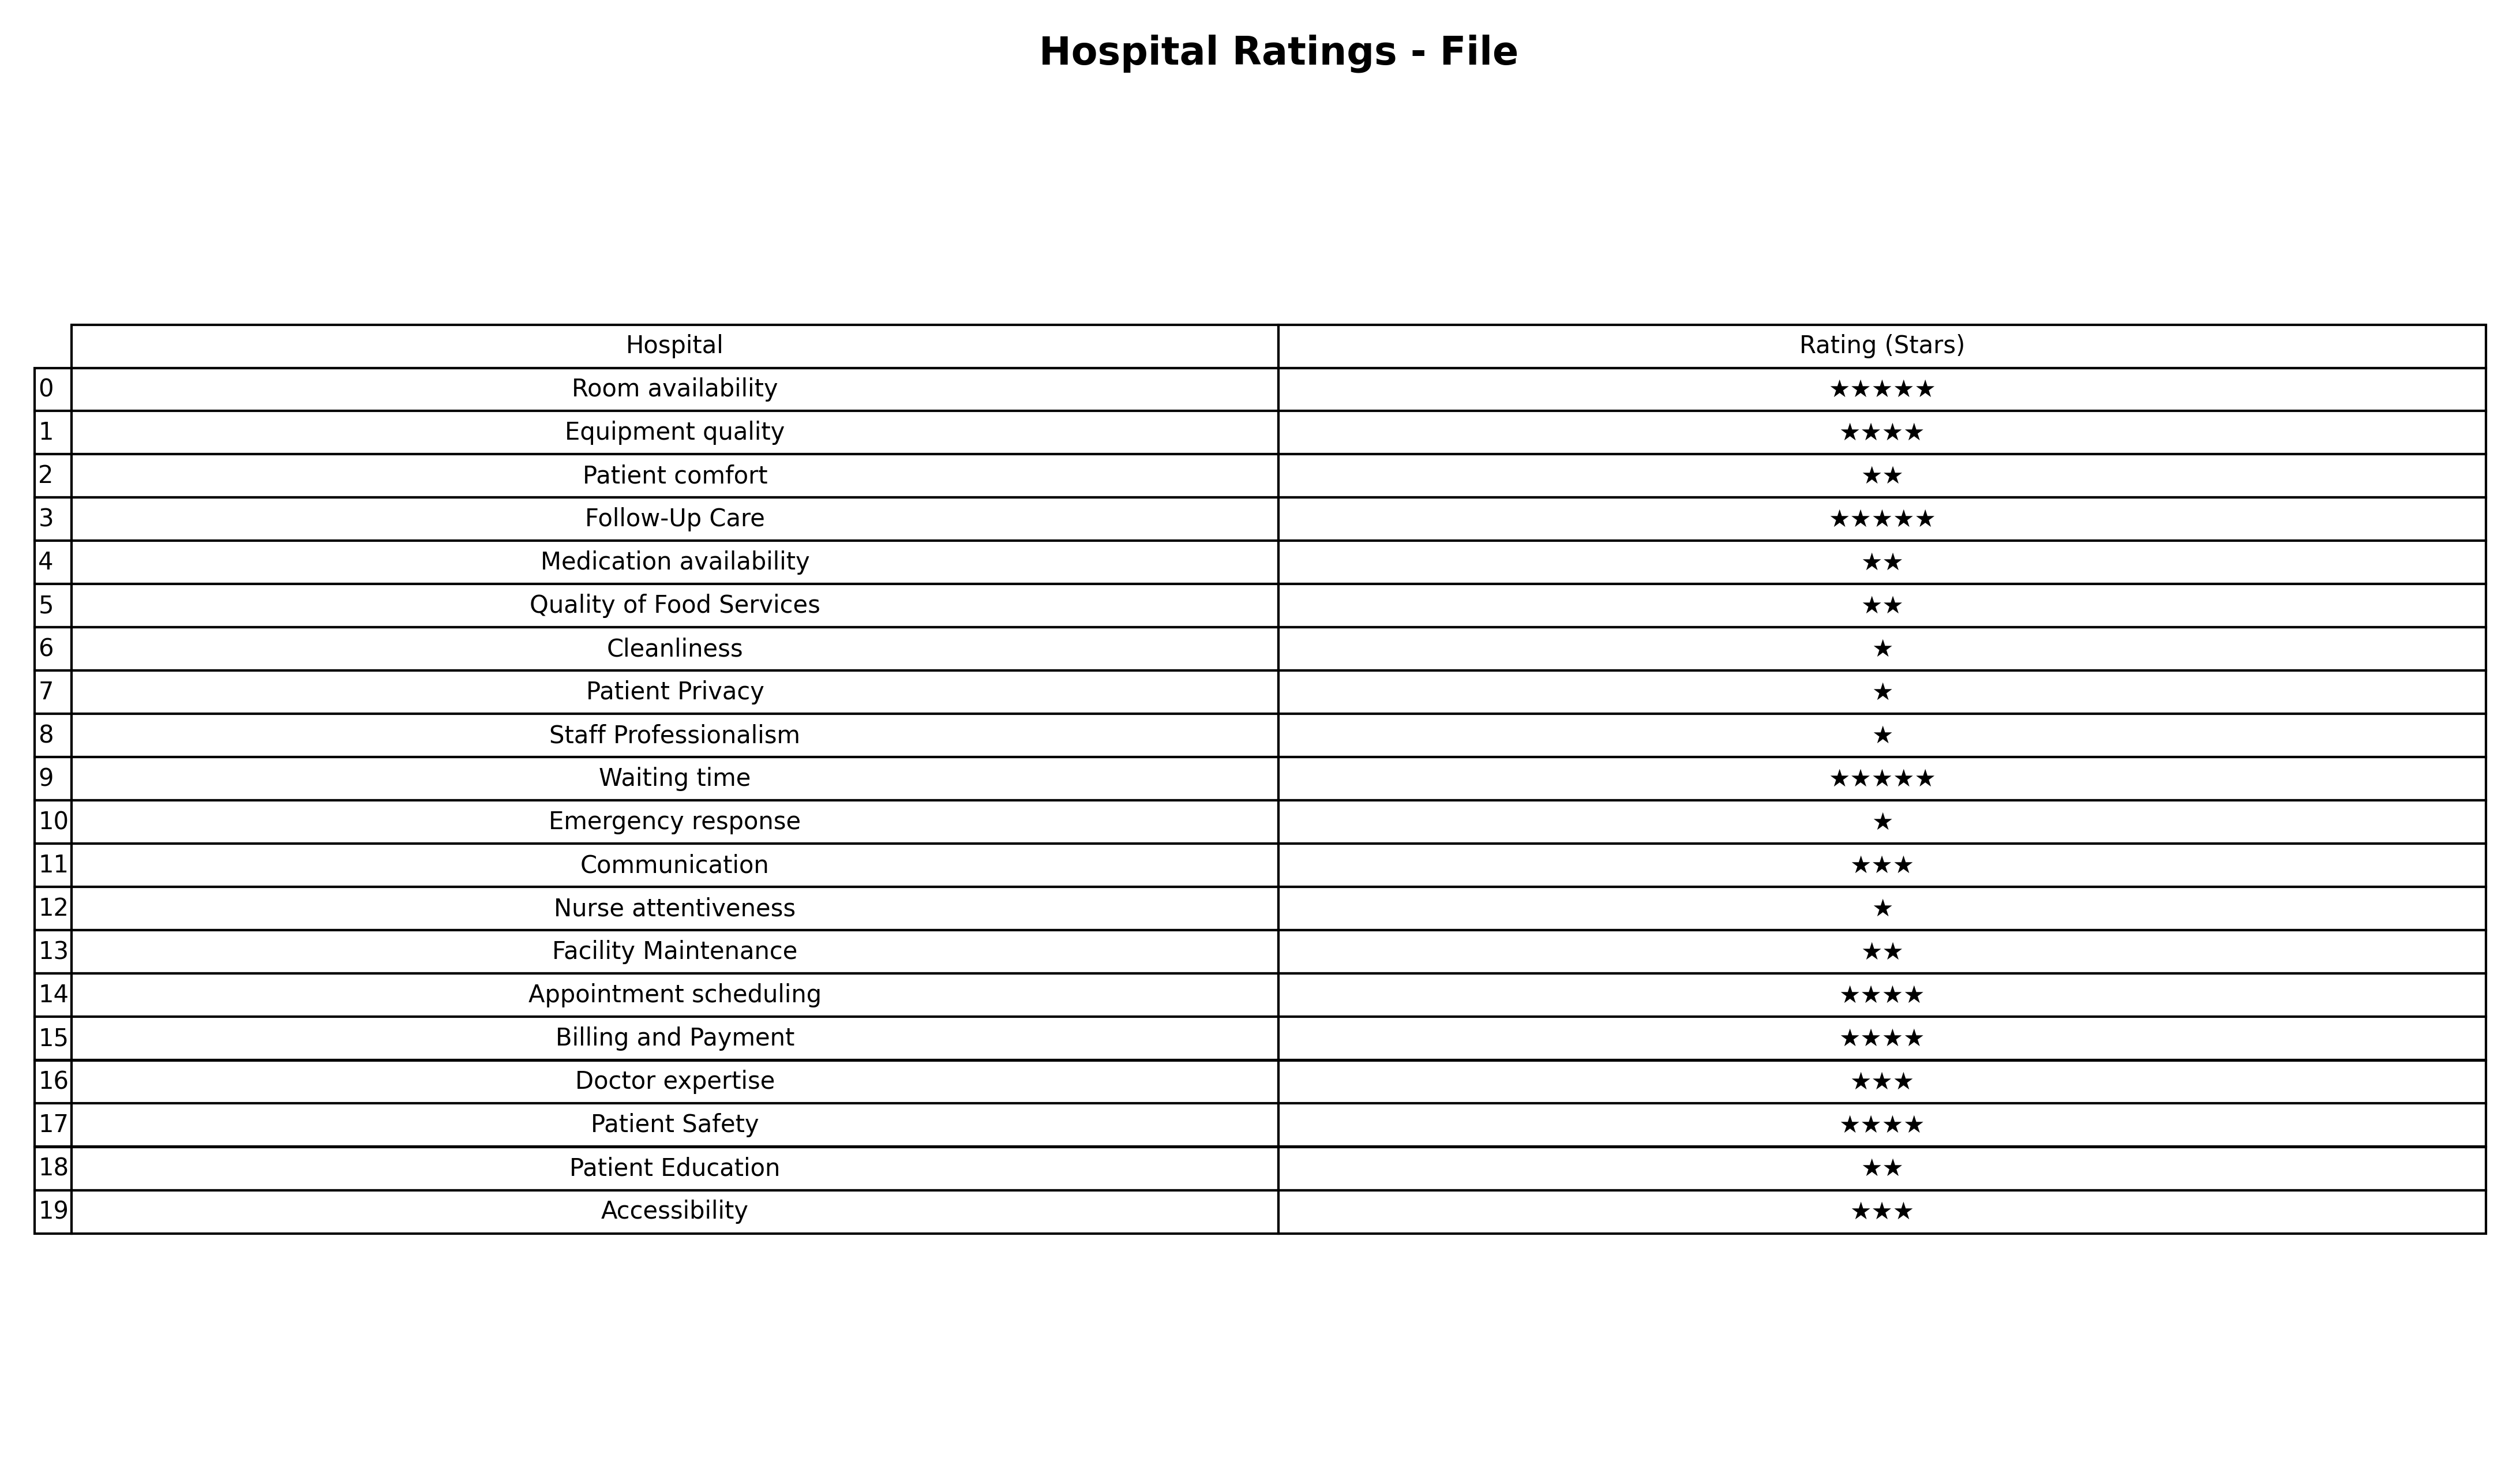
question: What is the rating of Quality of Food Services?
answer: ★★